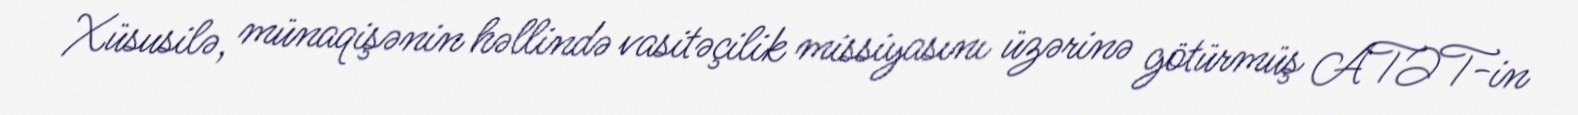
Xüsusilə, münaqişənin həllində vasitəçilik missiyasını üzərinə götürmüş ATƏT-in